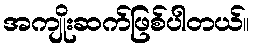
အကျိုးဆက်ဖြစ်ပါတယ်။